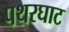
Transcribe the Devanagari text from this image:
पथरघाट